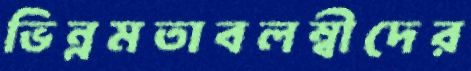
ভিন্নমতাবলম্বীদের